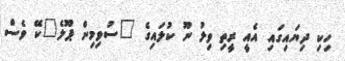
ހިކި ދިޔައިގައި އެއީ ރީތި ވިލު ނޫ ކުލައިގެ "ސުވިމިން ޕޫލެ"ކޭ ވެސް